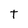
Character: t